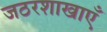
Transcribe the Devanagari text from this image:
जठरशाखाएँ